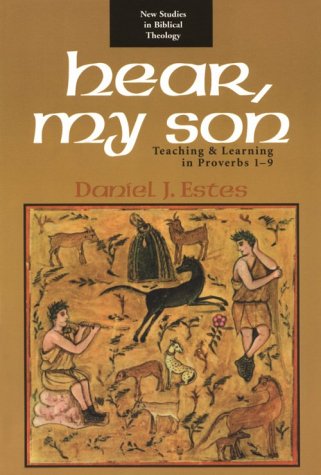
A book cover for Hear, My Son: Teaching  Learning in Proverbs 1-9 (New Studies in Biblical Theology); Daniel J. Estes; Christian Books & Bibles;